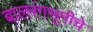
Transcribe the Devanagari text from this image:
बालरंगभूमीचे